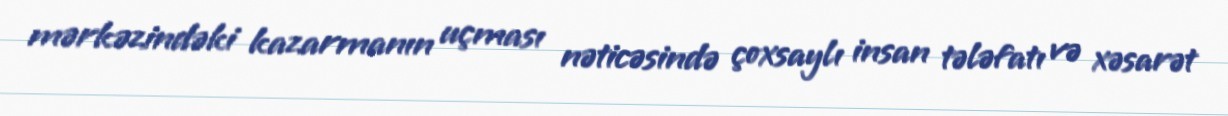
mərkəzindəki kazarmanın uçması nəticəsində çoxsaylı insan tələfatı və xəsarət